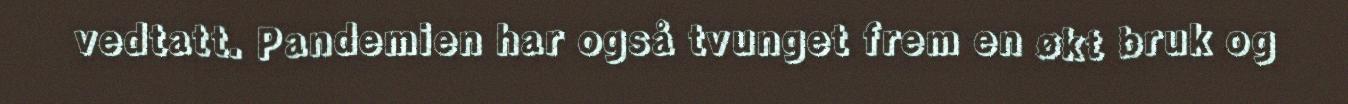
vedtatt. Pandemien har også tvunget frem en økt bruk og